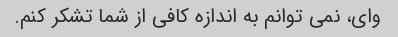
وای، نمی توانم به اندازه کافی از شما تشکر کنم.